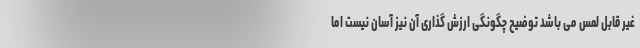
غیر قابل لمس می باشد توضیح چگونگی ارزش گذاری آن نیز آسان نیست اما